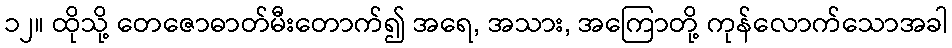
၁၂။ ထိုသို့ တေဇောဓာတ်မီးတောက်၍ အရေ, အသား, အကြောတို့ ကုန်လောက်သောအခါ